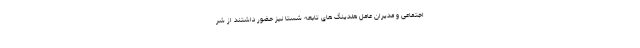
اجتماعی و مدیران عامل هلدینگ های تابعه شستا نیز حضور داشتند از شر